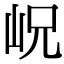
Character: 岲